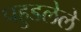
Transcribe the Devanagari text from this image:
पहुडलेले